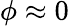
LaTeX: \phi\approx 0